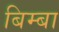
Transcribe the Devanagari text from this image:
बिम्बा